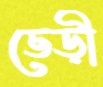
ভেড়ী